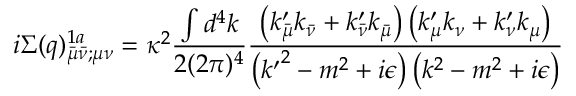
i \Sigma ( q ) _ { \bar { \mu } \bar { \nu } ; \mu \nu } ^ { 1 a } = \kappa ^ { 2 } \frac { \int d ^ { 4 } k } { 2 ( 2 \pi ) ^ { 4 } } \frac { \left( k _ { \bar { \mu } } ^ { \prime } k _ { \bar { \nu } } + k _ { \bar { \nu } } ^ { \prime } k _ { \bar { \mu } } \right) \left( k _ { \mu } ^ { \prime } k _ { \nu } + k _ { \nu } ^ { \prime } k _ { \mu } \right) } { \left( { k ^ { \prime } } ^ { 2 } - m ^ { 2 } + i \epsilon \right) \left( k ^ { 2 } - m ^ { 2 } + i \epsilon \right) }